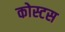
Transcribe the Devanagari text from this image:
कोस्टस